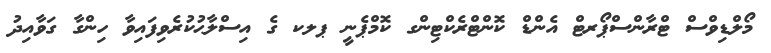
މޯލްޑިވްސް ޓްރާންސްޕޯރޓް އެންޑް ކޮންޓްރެކްޓިންގ ކޮމްޕެނީ ޕލކ ގެ އިސްލާޙުކުރެވިފައިވާ ހިންްގާ ގަވާއިދު